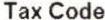
TAX CODE